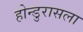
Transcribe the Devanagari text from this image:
होन्डुरासला